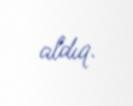
aldıq.